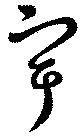
宇